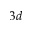
3 d